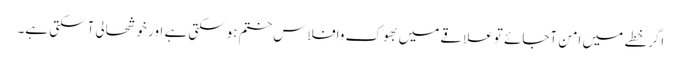
اگرخطے میں امن آجائے توعلاقے میں بھوک وافلاس ختم ہوسکتی ہے اور خوشحالی آسکتی ہے۔